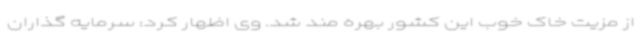
از مزیت خاک خوب این کشور بهره مند شد. وی اظهار کرد: سرمایه گذاران